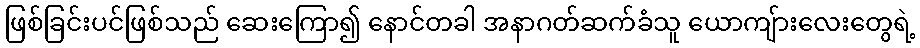
ဖြစ်ခြင်းပင်ဖြစ်သည် ဆေးကြော၍ နောင်တခါ အနာဂတ်ဆက်ခံသူ ယောကျ်ားလေးတွေရဲ့